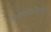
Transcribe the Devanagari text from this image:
कालव्यानजिकच्या